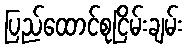
ပြည်ထောင်စုငြိမ်းချမ်း